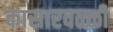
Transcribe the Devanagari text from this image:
कासारवळ्ळी